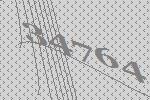
34764